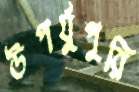
উপর্যুপুরি